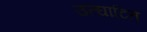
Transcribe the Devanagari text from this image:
उत्घाटित